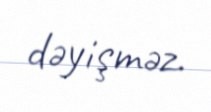
dəyişməz.